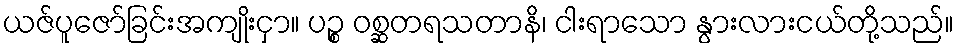
ယဇ်ပူဇော်ခြင်းအကျိုးငှာ။ ပဉ္စ ဝစ္ဆတရသတာနိ၊ ငါးရာသော နွားလားငယ်တို့သည်။